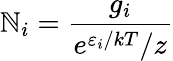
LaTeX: \mathbb{N}_{i}={\frac{{g_{i}}}{{e^{\varepsilon_{i}/kT}/z}}}